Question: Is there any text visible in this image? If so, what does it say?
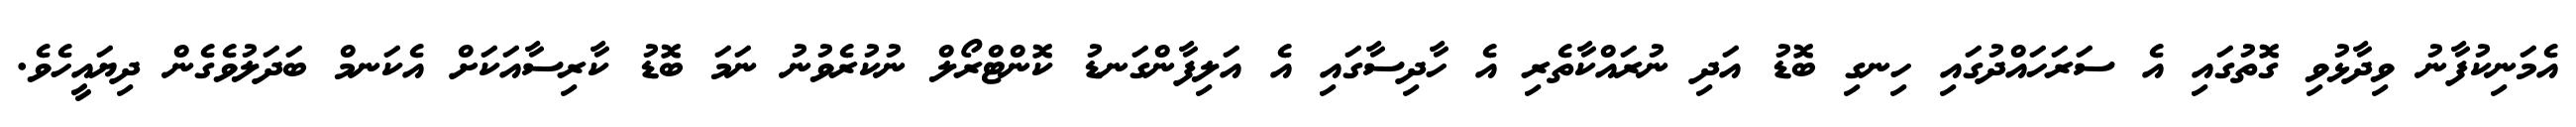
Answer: އެމަނިކުފާނު ވިދާޅުވި ގޮތުގައި އެ ސަރަހައްދުގައި ހިނގި ބޮޑު އަދި ނުރައްކާތެރި އެ ހާދިސާގައި އެ އަލިފާންގަނޑު ކޮންޓްރޯލް ނުކުރެވުނު ނަމަ ބޮޑު ކާރިސާއަކަށް އެކަނމް ބަދަލުވެގެން ދިޔައީހެވެ.